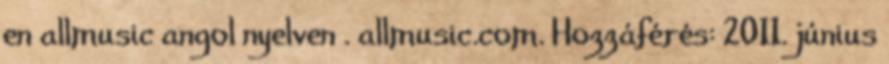
en allmusic angol nyelven . allmusic.com. Hozzáférés: 2011. június